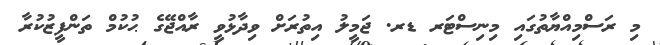
މި ރަސްމިއްޔާތުގައި މިނިސްޓަރ ޑރ. ޖަމީލު އިތުރަށް ވިދާޅުވީ ރާއްޖޭގެ ޙުކުމް ތަންފީޒުކުރާ